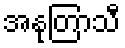
အနုတြာသီ